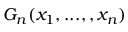
G _ { n } ( x _ { 1 } , . . . , , x _ { n } )